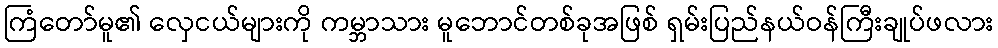
ကြံတော်မူ၏ လှေငယ်များကို ကမ္ဘာသား မူဘောင်တစ်ခုအဖြစ် ရှမ်းပြည်နယ်ဝန်ကြီးချုပ်ဖလား